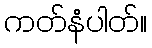
ကတ်နံပါတ်။